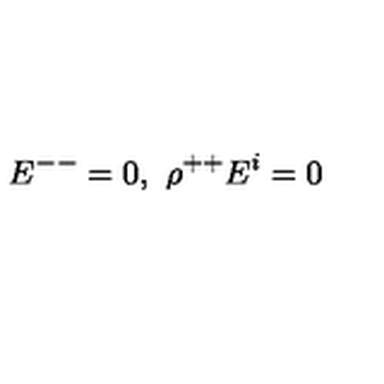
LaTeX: E ^ { -- } = 0 , \ \rho ^ { + + } E ^ { i } = 0